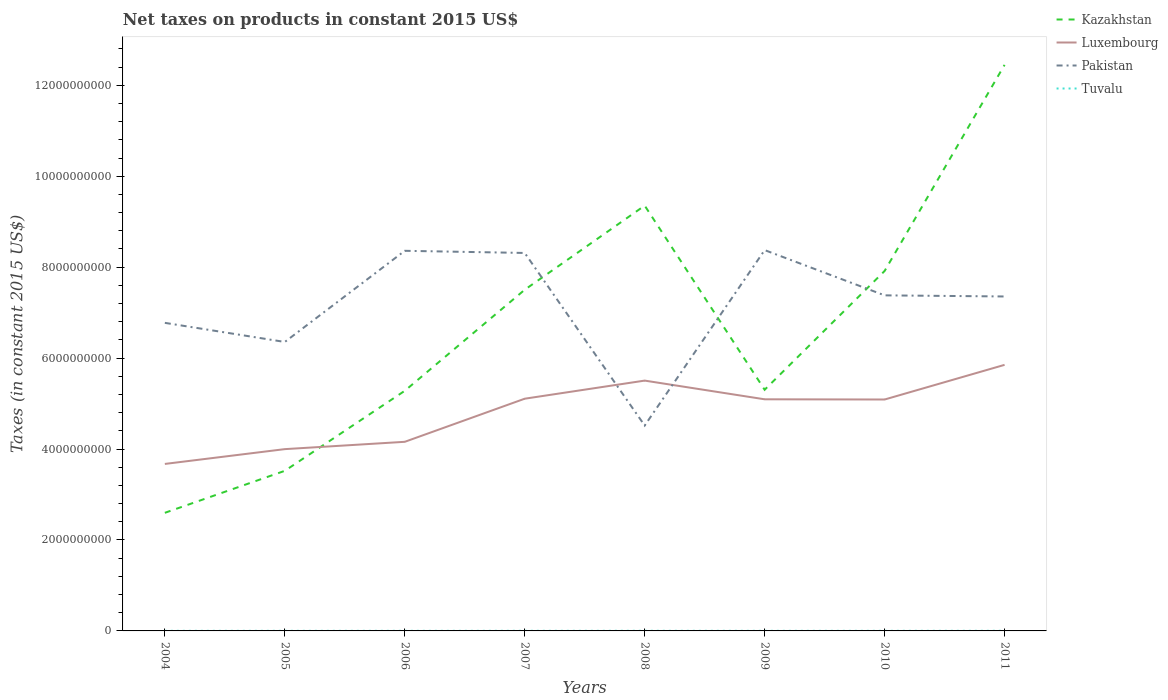
| Years | Kazakhstan | Luxembourg | Pakistan | Tuvalu |
 | --- | --- | --- | --- | --- |
 | 2004 | 2.6e+09 | 3.67e+09 | 6.78e+09 | 2.11e+06 |
 | 2005 | 3.52e+09 | 4e+09 | 6.35e+09 | 2.13e+06 |
 | 2006 | 5.28e+09 | 4.16e+09 | 8.36e+09 | 1.97e+06 |
 | 2007 | 7.5e+09 | 5.11e+09 | 8.31e+09 | 2.33e+06 |
 | 2008 | 9.35e+09 | 5.51e+09 | 4.52e+09 | 2.66e+06 |
 | 2009 | 5.3e+09 | 5.09e+09 | 8.38e+09 | 2.12e+06 |
 | 2010 | 7.92e+09 | 5.09e+09 | 7.38e+09 | 2.17e+06 |
 | 2011 | 1.24e+10 | 5.85e+09 | 7.36e+09 | 2.62e+06 |